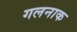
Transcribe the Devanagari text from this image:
गलनाक